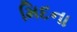
મિદના